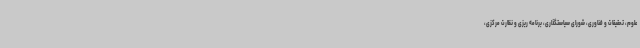
علوم، تحقیقات و فناوری، شورای سیاستگذاری، برنامه ریزی و نظارت مرکزی،